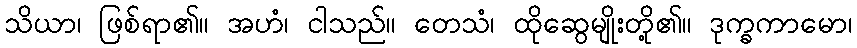
သိယာ၊ ဖြစ်ရာ၏။ အဟံ၊ ငါသည်။ တေသံ၊ ထိုဆွေမျိုးတို့၏။ ဒုက္ခကာမော၊